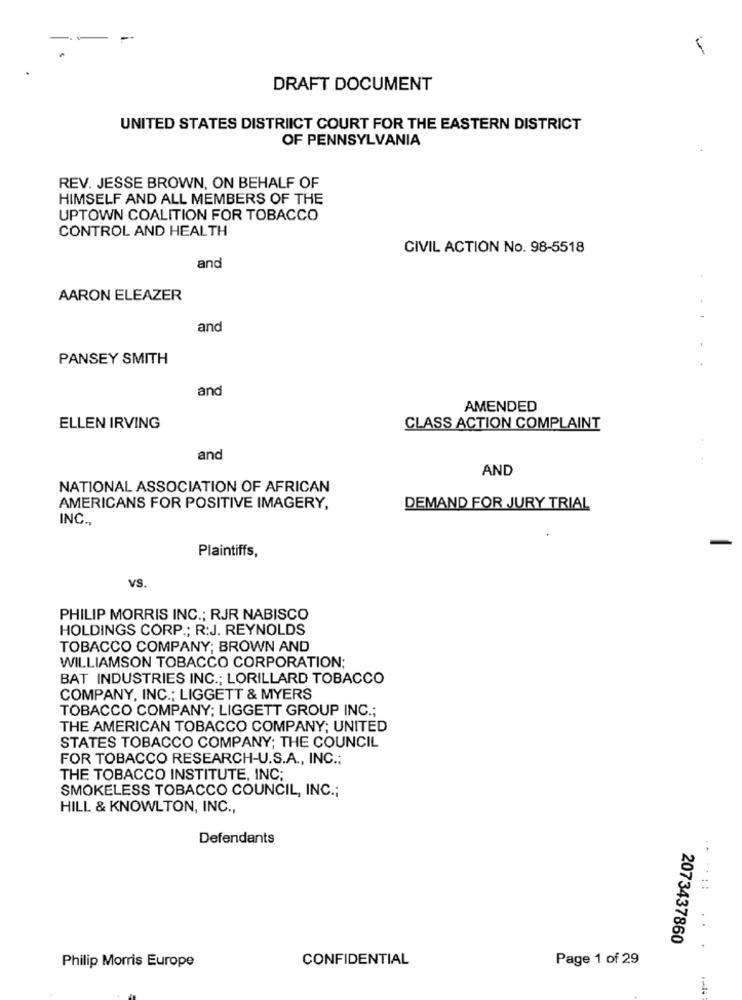
DRAFT DOCUMENT
UNITED STATES DISTRICT COURT FOR THE EASTERN DISTRICT
OF PENNSYLVANIA
REV. JESSE BROWN, ON BEHALF OF
HIMSELF AND ALL MEMBERS OF THE
UPTOWN COALITION FOR TOBACCO
CONTROL AND HEALTH
CIVIL ACTION No. 98-5518
and
AARON ELEAZER
and
PANSEY SMITH
and
AMENDED
ELLEN IRVING
CLASS ACTION COMPLAINT
and
AND
NATIONAL ASSOCIATION OF AFRICAN
AMERICANS FOR POSITIVE IMAGERY,
DEMAND FOR JURY TRIAL
INC .,
Plaintiffs,
vS.
PHILIP MORRIS INC .; RJR NABISCO
HOLDINGS CORP .; R:J. REYNOLDS
TOBACCO COMPANY; BROWN AND
WILLIAMSON TOBACCO CORPORATION;
BAT INDUSTRIES INC .; LORILLARD TOBACCO
COMPANY, INC .; LIGGETT & MYERS
TOBACCO COMPANY; LIGGETT GROUP INC .;
THE AMERICAN TOBACCO COMPANY; UNITED
STATES TOBACCO COMPANY; THE COUNCIL
FOR TOBACCO RESEARCH-U.S.A ., INC .:
THE TOBACCO INSTITUTE, INC;
SMOKELESS TOBACCO COUNCIL, INC .;
HILL & KNOWLTON, INC .,
Defendants
.. ..::
. .
2073437860
.
CONFIDENTIAL
Page 1 of 29
Philip Morris Europe